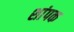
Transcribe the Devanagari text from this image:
शांपक